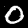
Digit: 0